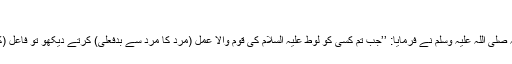
‘‘
عبد اللہ بن عباس رضی اللہ عنہما سے روایت سے رسول اللہ صلی اللہ علیہ وسلم نے فرمایا: ’’جب تم کسی کو لوط علیہ السلام کی قوم والا عمل (مرد کا مرد سے بدفعلی) کرتے دیکھو تو فاعل (کرنے والا) اور مفعول (کروانے والا) دونوں کو قتل کر دو‘‘۔